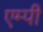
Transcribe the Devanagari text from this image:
एम्पी